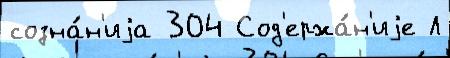
созна́н'иjа 304 Сод'ержа́н'иjе Л